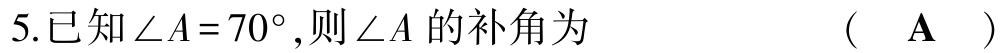
5.已知\(\angle A = 70^{\circ}\),则\(\angle A\)的补角为  （  A  ）